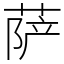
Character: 萨